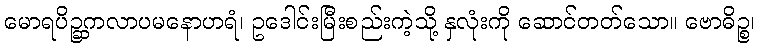
မောရပိဉ္ဆကလာပမနောဟရံ၊ ဥဒေါင်းမြီးစည်းကဲ့သို့ နှလုံးကို ဆောင်တတ်သော။ ဗောဓိဉ္စ၊